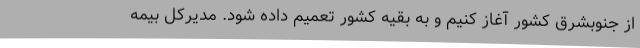
از جنوبشرق کشور آغاز کنیم و به بقیه کشور تعمیم داده شود. مدیرکل بیمه